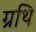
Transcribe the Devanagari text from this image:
ग्रथि